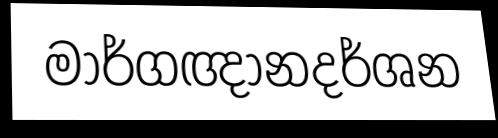
මාර්ගඥානදර්ශන